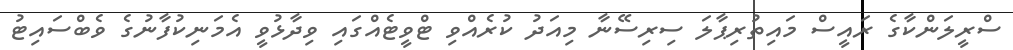
ސްރީލަންކާގެ ރައީސް މައިތުރިޕާލަ ސިރިސޭނާ މިއަދު ކުރެއްވި ޓްވީޓެއްގައި ވިދާޅުވީ އެމަނިކުފާނުގެ ވެބްސައިޓު